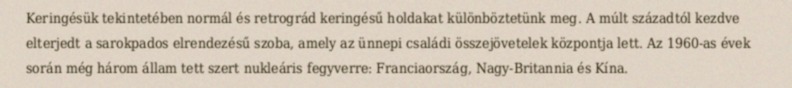
Keringésük tekintetében normál és retrográd keringésű holdakat különböztetünk meg. A múlt századtól kezdve elterjedt a sarokpados elrendezésű szoba, amely az ünnepi családi összejövetelek központja lett. Az 1960-as évek során még három állam tett szert nukleáris fegyverre: Franciaország, Nagy-Britannia és Kína.